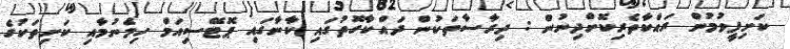
ކަށިފީވުމުން ރައްކާތެރިކޮށްދިނުން : ދިރާސާތަކުން ދައްކާގޮތުގައި ކާނާގައި ޕޮޓޭސިއަމް ހިމެނުމާއި ކަށިތަކުގެ